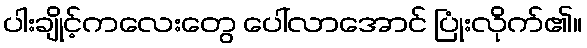
ပါးချိုင့်ကလေးတွေ ပေါ်လာအောင် ပြုံးလိုက်၏။